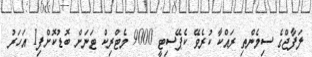
ލަފާޖްގެ ސިމެންތި ރައްކާ ކުރެވޭ ކެޕޭސިޓީ 9000 މެޓްރިކް ޓަނަށް ބޮޑުކޮށްފި1 އަހަރު